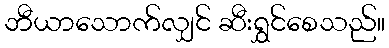
ဘီယာသောက်လျှင် ဆီးရွှင်စေသည်။